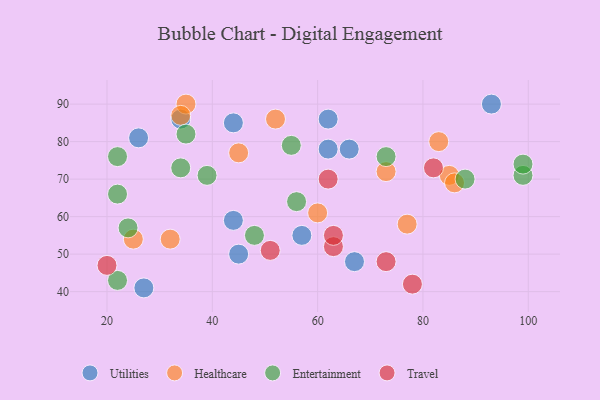
{"axis": {"x": "GDP", "y": "Life Expectancy"}, "legend": ["Entertainment", "Healthcare", "Travel", "Utilities"], "data": [{"x": "44", "y": 85, "type": "Utilities"}, {"x": "62", "y": 86, "type": "Utilities"}, {"x": "27", "y": 41, "type": "Utilities"}, {"x": "67", "y": 48, "type": "Utilities"}, {"x": "44", "y": 59, "type": "Utilities"}, {"x": "66", "y": 78, "type": "Utilities"}, {"x": "26", "y": 81, "type": "Utilities"}, {"x": "93", "y": 90, "type": "Utilities"}, {"x": "34", "y": 86, "type": "Utilities"}, {"x": "57", "y": 55, "type": "Utilities"}, {"x": "45", "y": 50, "type": "Utilities"}, {"x": "62", "y": 78, "type": "Utilities"}, {"x": "25", "y": 54, "type": "Healthcare"}, {"x": "85", "y": 71, "type": "Healthcare"}, {"x": "60", "y": 61, "type": "Healthcare"}, {"x": "35", "y": 90, "type": "Healthcare"}, {"x": "45", "y": 77, "type": "Healthcare"}, {"x": "83", "y": 80, "type": "Healthcare"}, {"x": "86", "y": 69, "type": "Healthcare"}, {"x": "77", "y": 58, "type": "Healthcare"}, {"x": "73", "y": 72, "type": "Healthcare"}, {"x": "34", "y": 87, "type": "Healthcare"}, {"x": "32", "y": 54, "type": "Healthcare"}, {"x": "52", "y": 86, "type": "Healthcare"}, {"x": "88", "y": 70, "type": "Entertainment"}, {"x": "34", "y": 73, "type": "Entertainment"}, {"x": "22", "y": 76, "type": "Entertainment"}, {"x": "73", "y": 76, "type": "Entertainment"}, {"x": "24", "y": 57, "type": "Entertainment"}, {"x": "99", "y": 71, "type": "Entertainment"}, {"x": "55", "y": 79, "type": "Entertainment"}, {"x": "39", "y": 71, "type": "Entertainment"}, {"x": "22", "y": 43, "type": "Entertainment"}, {"x": "56", "y": 64, "type": "Entertainment"}, {"x": "48", "y": 55, "type": "Entertainment"}, {"x": "99", "y": 74, "type": "Entertainment"}, {"x": "22", "y": 66, "type": "Entertainment"}, {"x": "35", "y": 82, "type": "Entertainment"}, {"x": "78", "y": 42, "type": "Travel"}, {"x": "63", "y": 52, "type": "Travel"}, {"x": "82", "y": 73, "type": "Travel"}, {"x": "63", "y": 55, "type": "Travel"}, {"x": "62", "y": 70, "type": "Travel"}, {"x": "20", "y": 47, "type": "Travel"}, {"x": "73", "y": 48, "type": "Travel"}, {"x": "51", "y": 51, "type": "Travel"}]}